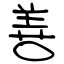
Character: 善